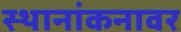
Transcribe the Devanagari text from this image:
स्थानांकनावर